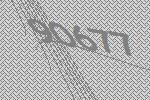
90677